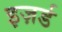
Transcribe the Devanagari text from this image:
इज़र्ड